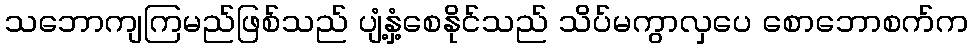
သဘောကျကြမည်ဖြစ်သည် ပျံ့နှံ့စေနိုင်သည် သိပ်မကွာလှပေ စောဘောစက်က